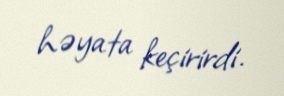
həyata keçirirdi.